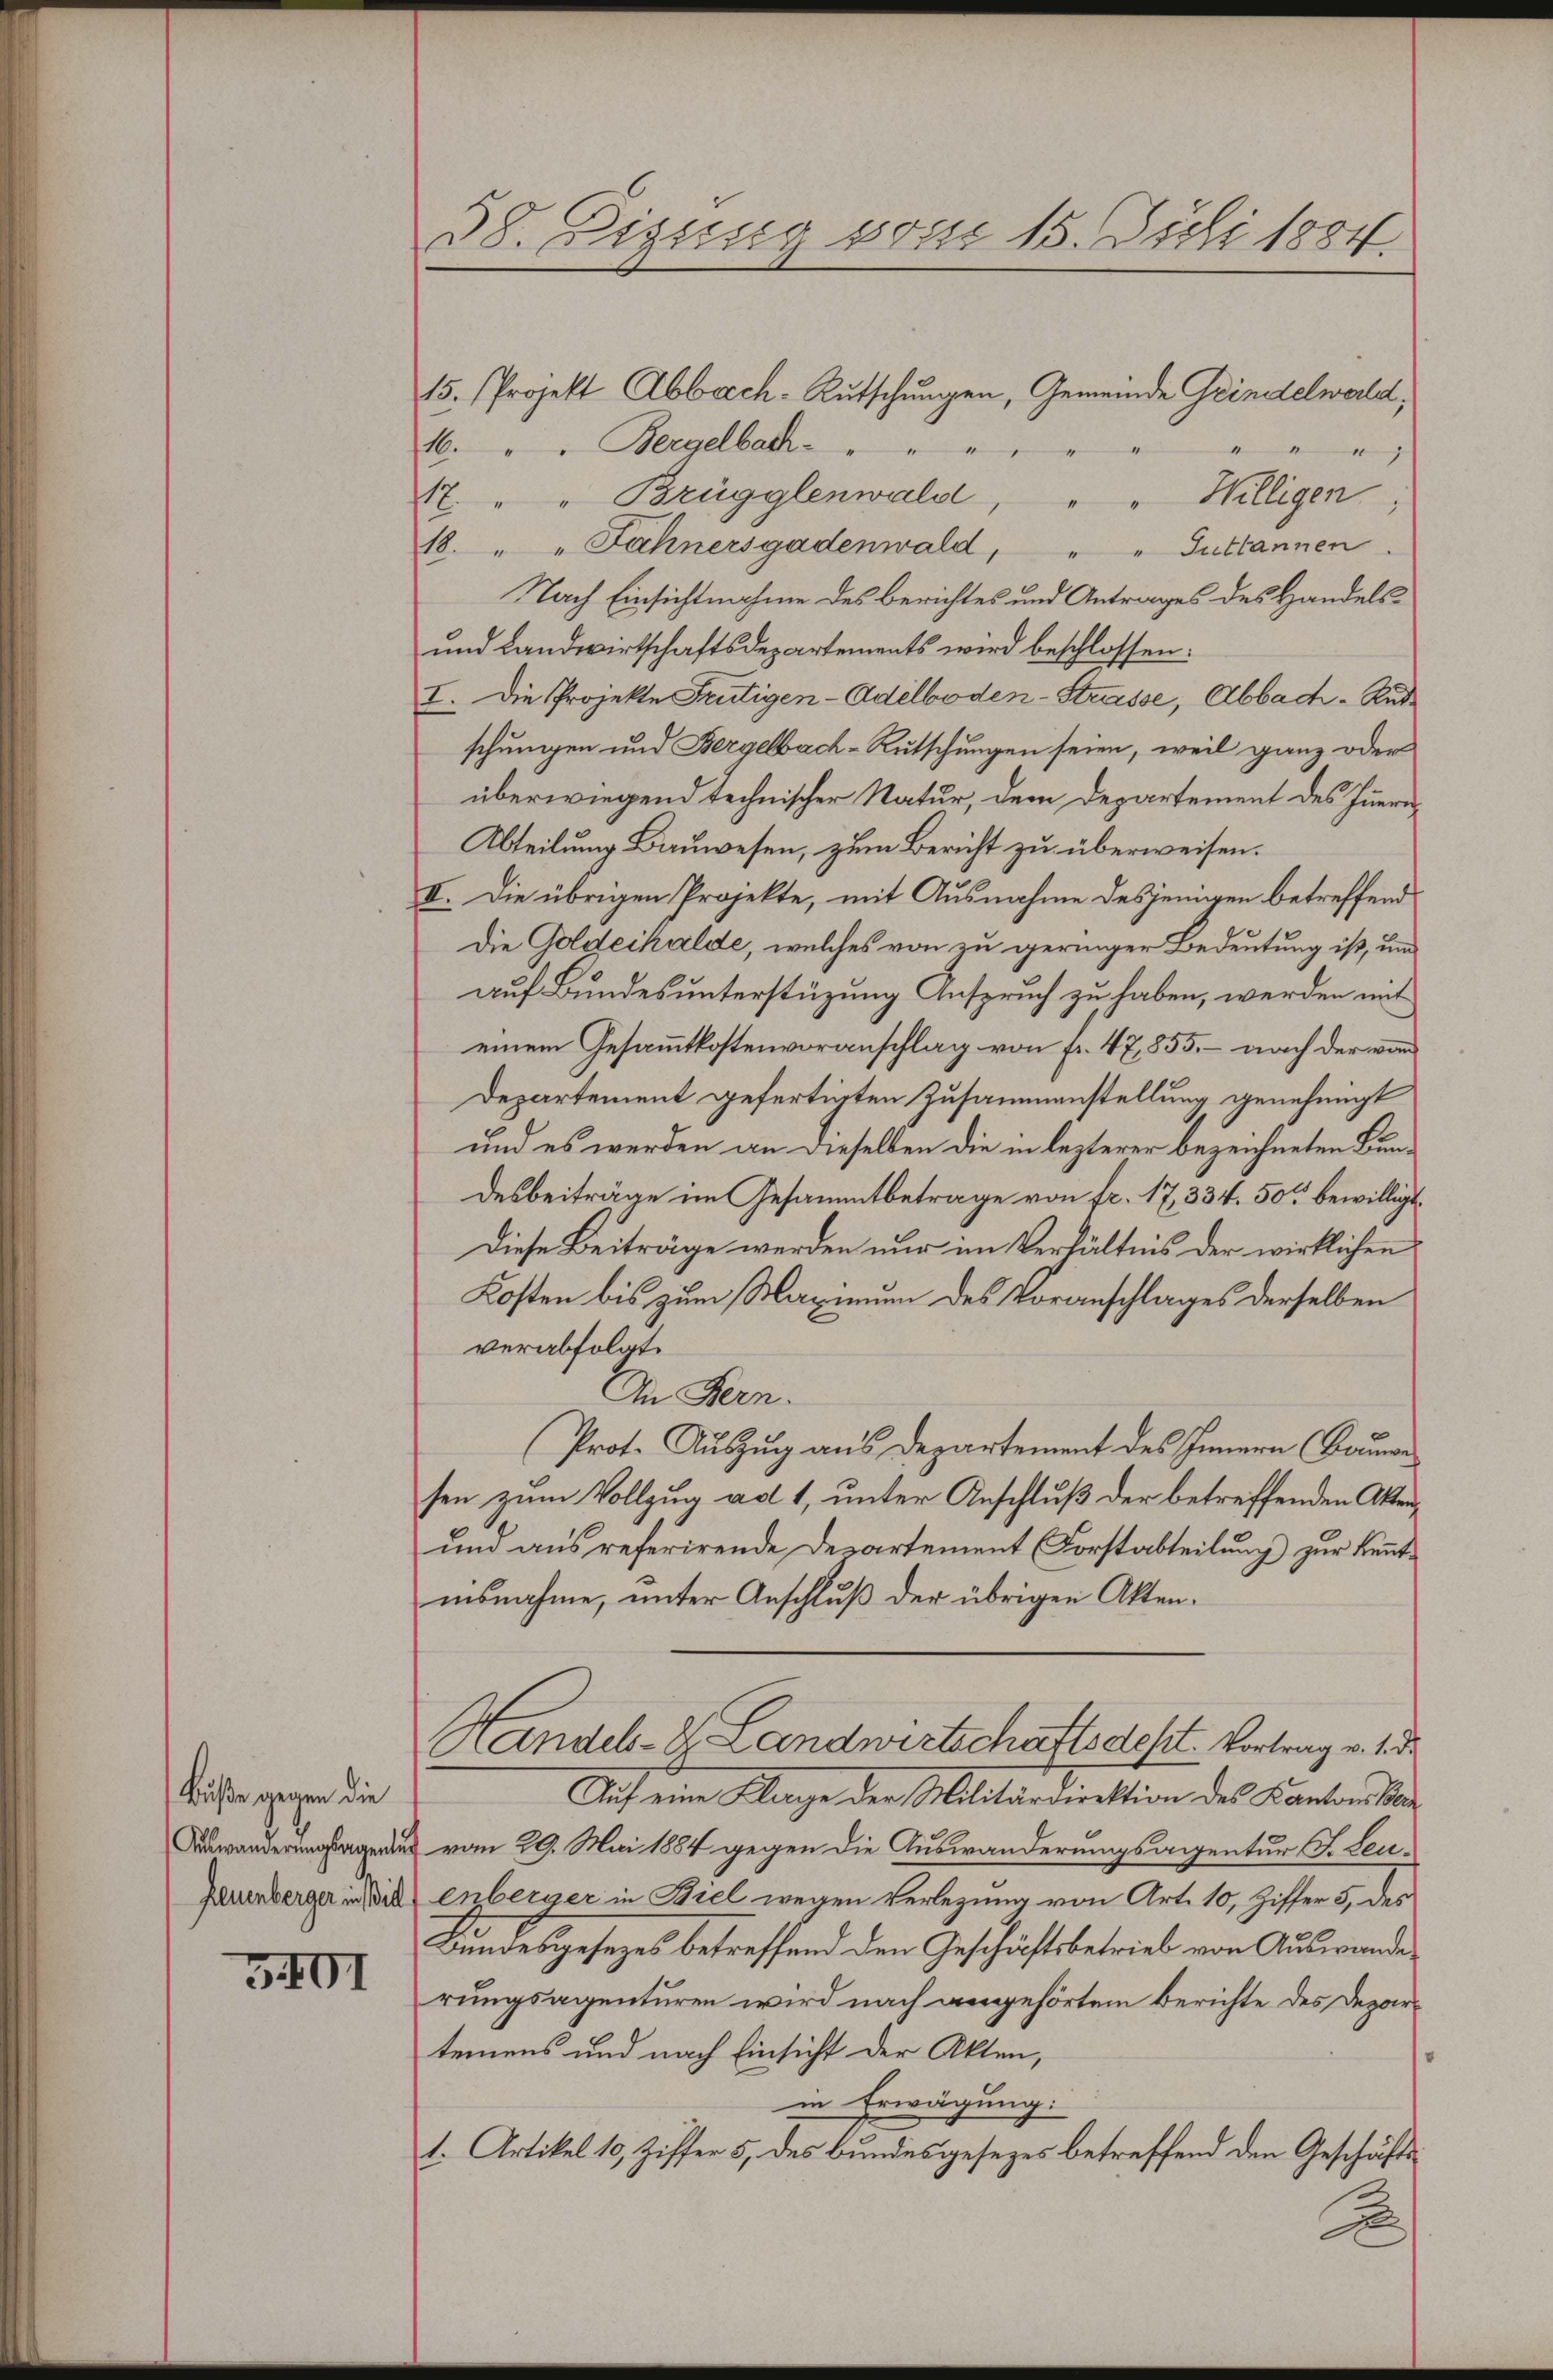
Buße gegen die

5401

38. Zizung von 15. Juli 1884.

15. Projekt Abbrech-Rutschungen, Gemeinde Grindelwald,
16. " " Bergelbach " " " " " " " " "
A. " " Brügglenwald, " " Willigen;
18. " " Fahnersgadenwald, " " Guttannen.
Nach Einsichtnahme des Berichtes und Antrages des Handels¬
und Landwirtschaftsdepartements wird beschlossen:
I. Die Projekte Frutigen- Adelboden-Strasse, Abbach-Rudschungen und Bergelbach-Rutschungen seien, weil ganz oder
überwiegend technischer Natur, dem Departement des Innern,
Abteilung Bauwesen, zum Bericht zu überweisen.
II. Die übrigen Projekte, mit Ausnahme desjenigen betreffend
Die Goldechalde, welches von zu geringer Bedeutung ist, und
auf Bundes unterstüzung Anspruch zu haben, werden mit
einem Gesammtkostenvoranschlag von fr. 47,855, – nach der von
Departement gefertigten Zusammenstellung genehmigt
und es werden an dieselben die in lezterer bezeichneten Bundesbeiträge im Gesammtbetrage von fr. 17, 334. 50 bewilligt.
Diese Beiträge werden nur im Verhältnis der wirklichen
Kosten bis zum Maximum des Voranschlages derselben
verabfolgt.
An Fern.
Prot. Auszug aus Departement des Innern (Baume
sen zum Vollzug ad 1, unter Anschluß der betreffenden Akten¬
und aus referirende Departement (Forstabteilung zur Kenntinsnahme, unter Anschluß der übrigen Akten¬
Handels- & Landwirtschaftsdest. Vortrag v. 1. d.
Auf eine Klage der Militärdirektion des Kantons da
eragen vom 29. Mai 1884 gegen die Auswanderungsagentur F. Leu¬
Zauberger in die enberger in Biel wegen Verlegung von Art. 10, Ziffer 5. des
Bundesgesezes betreffend den Geschäftsbetrieb von Auswanderungsagenturen wird nach angehörtem Berichte des Departemens und nach Einsicht der Akten,
in Erwägung:
t. Artikel 10, Ziffer 5, des bundesgesezes betreffend den Geschäfts¬
S